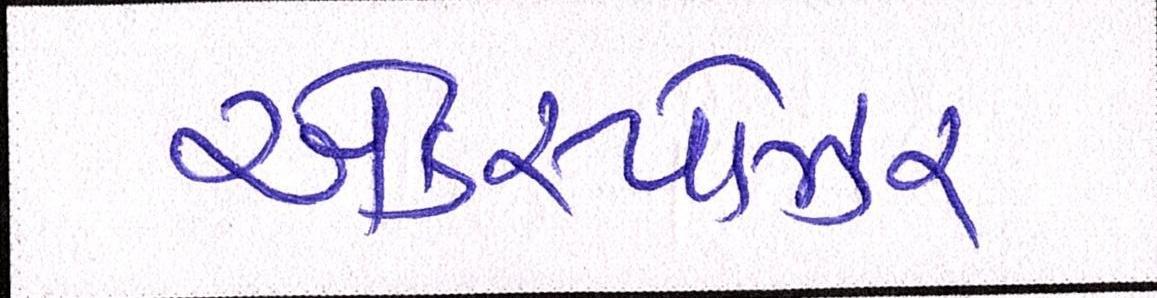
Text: એક્સ્પોઝર